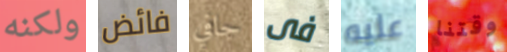
ولكنه فائض جافي فى عليه وقتنا